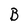
Character: B